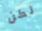
لكن